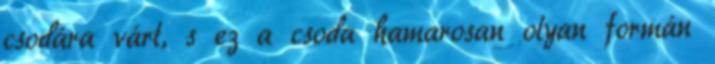
csodára várt, s ez a csoda hamarosan olyan formán